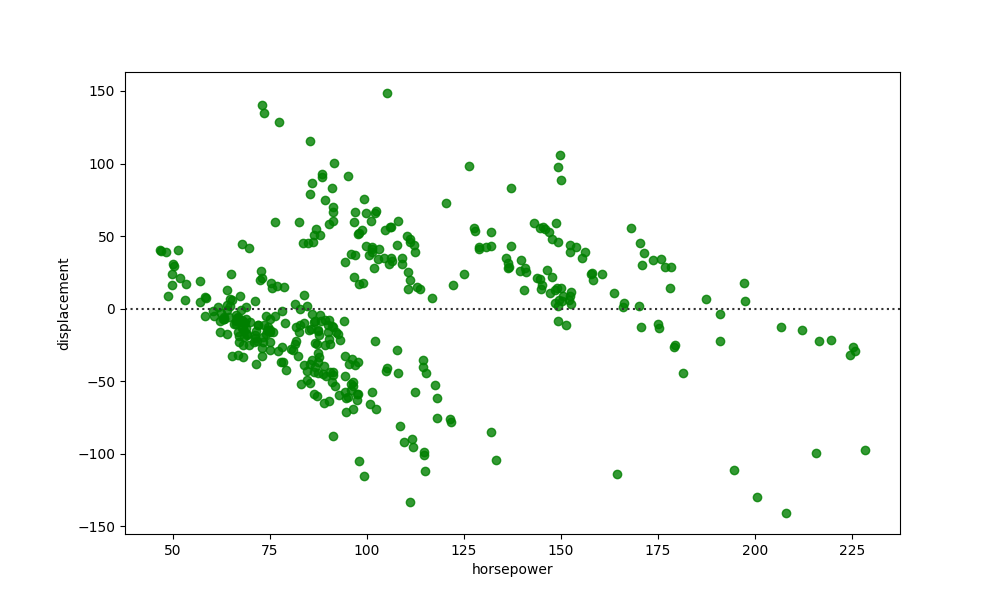
python, seaborn, residplot, lowess=False, scatter_color=green